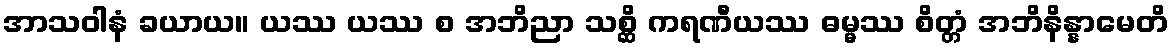
အာသဝါနံ ခယာယ။ ယဿ ယဿ စ အဘိညာ သစ္ဆိ ကရဏီယဿ ဓမ္မဿ စိတ္တံ အဘိနိန္နာမေတိ